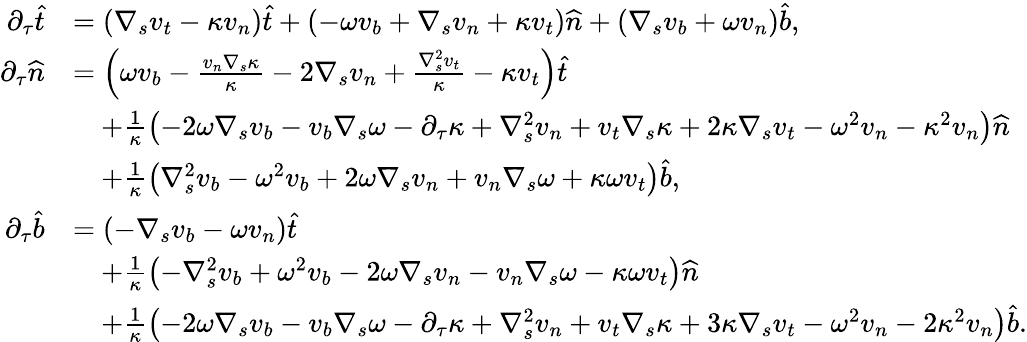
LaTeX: \begin{array}{rl}{\partial_{\tau}\widehat{t}}&{=\left(\nabla_{s}v_{t}-\kappa v_{n}\right)\widehat{t}+\left(-\omega v_{b}+\nabla_{s}v_{n}+\kappa v_{t}\right)\widehat{n}+\left(\nabla_{s}v_{b}+\omega v_{n}\right)\widehat{b},}\\ {\partial_{\tau}\widehat{n}}&{=\left(\omega v_{b}-\frac{v_{n}\nabla_{s}\kappa}{\kappa}-2\nabla_{s}v_{n}+\frac{\nabla_{s}^{2}v_{t}}{\kappa}-\kappa v_{t}\right)\widehat{t}}\\ &{\quad+\frac{1}{\kappa}\left(-{2\omega\nabla_{s}v_{b}}-{v_{b}\nabla_{s}\omega}-{\partial_{\tau}\kappa}+{\nabla_{s}^{2}v_{n}}+{v_{t}\nabla_{s}\kappa}+2\kappa\nabla_{s}v_{t}-{\omega^{2}v_{n}}-\kappa^{2}v_{n}\right)\widehat{n}}\\ &{\quad+\frac{1}{\kappa}\left({\nabla_{s}^{2}v_{b}}-{\omega^{2}v_{b}}+{2\omega\nabla_{s}v_{n}}+{v_{n}\nabla_{s}\omega}+\kappa\omega v_{t}\right)\widehat{b},}\\ {\partial_{\tau}\widehat{b}}&{=\left(-\nabla_{s}v_{b}-\omega v_{n}\right)\widehat{t}}\\ &{\quad+\frac{1}{\kappa}\left(-{\nabla_{s}^{2}v_{b}}+{\omega^{2}v_{b}}-{2\omega\nabla_{s}v_{n}}-{v_{n}\nabla_{s}\omega}-\kappa\omega v_{t}\right)\widehat{n}}\\ &{\quad+\frac{1}{\kappa}\left(-{2\omega\nabla_{s}v_{b}}-{v_{b}\nabla_{s}\omega}-{\partial_{\tau}\kappa}+{\nabla_{s}^{2}v_{n}}+{v_{t}\nabla_{s}\kappa}+3\kappa\nabla_{s}v_{t}-{\omega^{2}v_{n}}-2\kappa^{2}v_{n}\right)\widehat{b}.}\end{array}